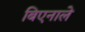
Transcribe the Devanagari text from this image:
बिएनाले